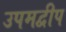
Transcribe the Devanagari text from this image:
उपमद्वीप